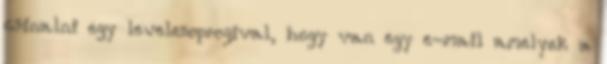
csinalni egy levelezoprogival, hogy van egy e-mail amelyek a